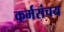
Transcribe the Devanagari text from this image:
कर्मसंचय